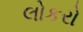
લોકરો